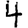
Digit: 4